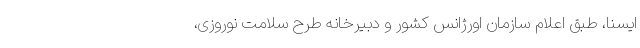
ایسنا، طبق اعلام سازمان اورژانس کشور و دبیرخانه طرح سلامت نوروزی،